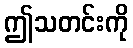
ဤသတင်းကို